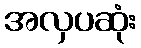
အလှပဆုံး